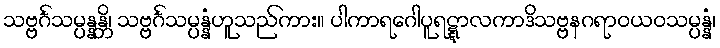
သဗ္ဗင်္ဂသမ္ပန္နန္တိ၊ သဗ္ဗင်္ဂသမ္ပန္နံဟူသည်ကား။ ပါကာရဂေါပူရဋ္ဋာလကာဒိသဗ္ဗနဂရာဝယဝသမ္ပန္နံ၊